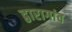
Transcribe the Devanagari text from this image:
द्वारागांव